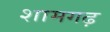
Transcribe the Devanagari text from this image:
शामगढ़